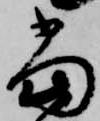
当